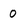
Character: 0